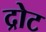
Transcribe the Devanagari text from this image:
द्रोट